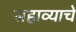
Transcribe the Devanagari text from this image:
सहाव्याचे